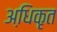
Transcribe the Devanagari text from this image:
अधि़कृत